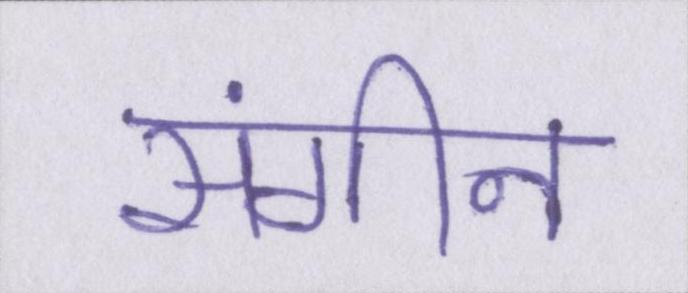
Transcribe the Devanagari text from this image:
संगीन